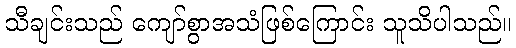
သီချင်းသည် ကျော်စွာအသံဖြစ်ကြောင်း သူသိပါသည်။